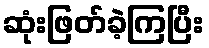
ဆုံးဖြတ်ခဲ့ကြပြီး